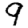
Digit: 9